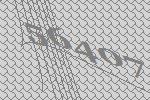
56407